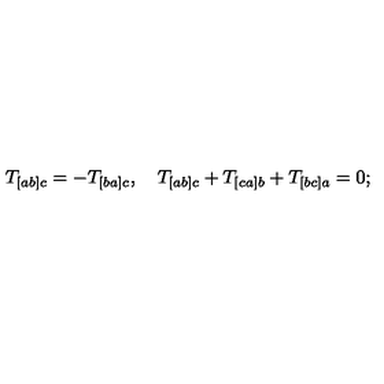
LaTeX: T _ { [ a b ] c } = - T _ { [ b a ] c } , \quad T _ { [ a b ] c } + T _ { [ c a ] b } + T _ { [ b c ] a } = 0 ;